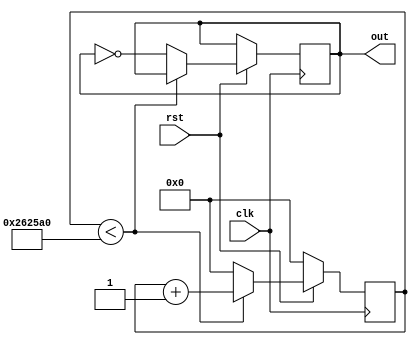
module LED_Blink

(

     input clk, rst,

     output out

);

 

reg [31:0] counter;

reg LED;

 

initial

begin

     LED = 1'b0;

     counter = 32'b0;

end

 

always @ (posedge(clk))

begin

     if(rst==1)                //hold the current state of LED

     begin

          if(counter<2500000)

               counter <= counter + 1'b1;

          else

          begin

               LED <= !LED;

               counter <= 32'b0;

          end

     end

     else

          counter <= 32'b0;

end

 

assign out = LED;

 

endmodule